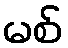
မစ်